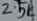
Text: 2.5K